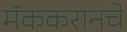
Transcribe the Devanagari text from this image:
मॅककरानचे